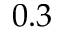
0 . 3